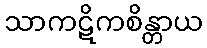
သာကဋိကစိန္တာယ